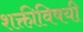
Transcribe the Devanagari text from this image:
शक्तीविषयी